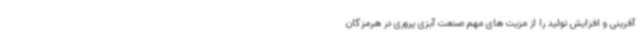
آفرینی و افزایش تولید را از مزیت های مهم صنعت آبزی پروری در هرمزگان